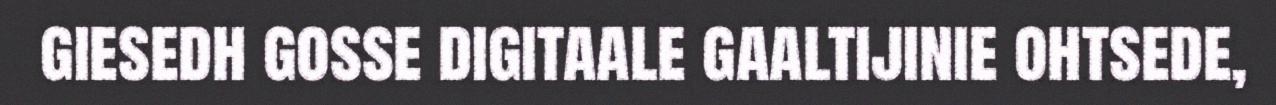
giesedh gosse digitaale gaaltijinie ohtsede,